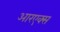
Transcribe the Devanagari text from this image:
आरएक्स